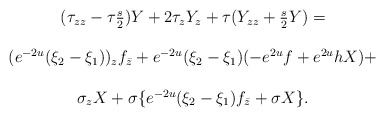
\begin{align*}\begin{array}{c} (\tau_{zz} -\tau \frac{s}{2})Y + 2 \tau_z Y_z + \tau (Y_{zz}+\frac{s}{2} Y) =\\\\ (e^{-2u}(\xi_2 - \xi_1))_z f_{\bar{z}} + e^{-2u}(\xi_2 - \xi_1) (-e^{2u} f + e^{2u} h X)+\\\\\sigma_z X + \sigma \{ e^{-2u}(\xi_2 - \xi_1) f_{\bar{z}} + \sigma X \}.\end{array}\end{align*}